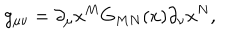
LaTeX: g _ { \mu \nu } = \partial _ { \mu } x ^ { M } G _ { M N } ( x ) \partial _ { \nu } x ^ { N } ,